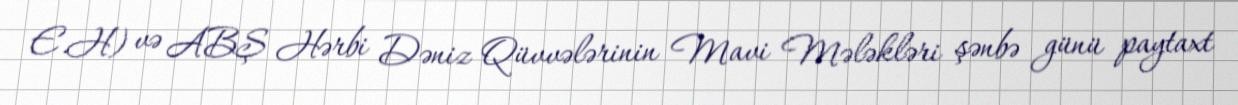
E.H) və ABŞ Hərbi Dəniz Qüvvələrinin Mavi Mələkləri şənbə günü paytaxt